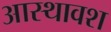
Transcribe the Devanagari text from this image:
आस्थावश